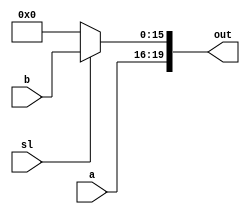
`timescale 1ns / 1ps
//////////////////////////////////////////////////////////////////////////////////
// Company: 
// Engineer: 
// 
// Design Name: 
// Module Name: Mux_2x1
// Project Name: 
// Target Devices: 
// Tool Versions: 
// Description: 
// 
// Dependencies: 
// 
// Revision:
// Revision 0.01 - File Created
// Additional Comments:
// 
//////////////////////////////////////////////////////////////////////////////////


module Mux_2x1(input [3:0] a,
    input [15:0]b,
    input sl,
    output reg [19:0] out);
    always @ (sl)
    begin
        if(sl)
            out = {a, b[15:0]};
        else
            out = {a, 16'b0};
    end
endmodule